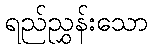
ရည်ညွှန်းသော